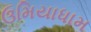
ઉમિયાધામ